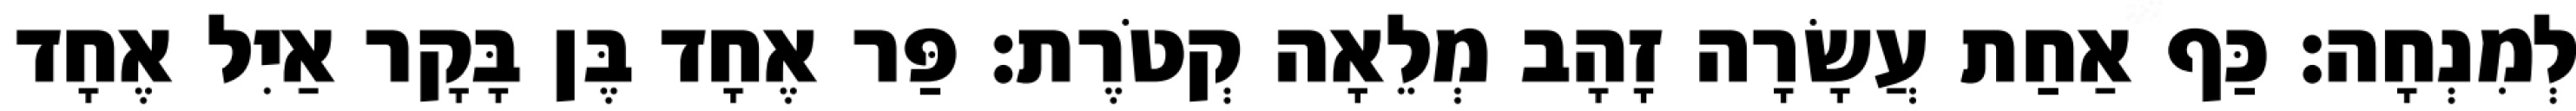
לְמִנְחָה׃ כַּף אַחַת עֲשָׂרָה זָהָב מְלֵאָה קְטֹרֶת׃ פַּר אֶחָד בֶּן בָּקָר אַיִל אֶחָד